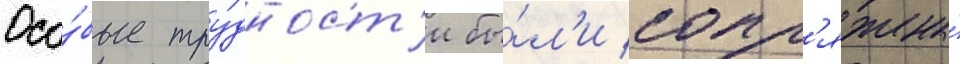
Осо́бые тру́дност'и бы́л'и сопр'яжены́